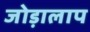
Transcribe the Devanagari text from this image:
जोड़ालाप